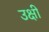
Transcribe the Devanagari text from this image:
उक्षी